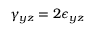
\gamma _ { y z } = 2 \epsilon _ { y z }